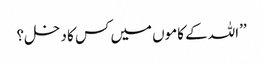
’’اللہ کے کاموں میں کس کا دخل؟